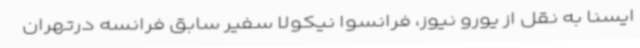
ایسنا به نقل از یورو نیوز، فرانسوا نیکولا سفیر سابق فرانسه درتهران